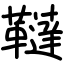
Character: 韃